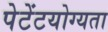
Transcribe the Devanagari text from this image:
पेटेंटयोग्यता